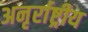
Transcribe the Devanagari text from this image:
अनृर्राष्ट्रीय